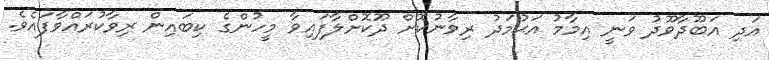
އަދި އަބޫދާވޫދު ވަނީ އިމާމު އަޙުމަދު ރިވާނުކޮށް ދޫކޮށްލާފައިވާ މީހުންގެ ކިބައިން ރިވާކުރައްވާފައެވެ.